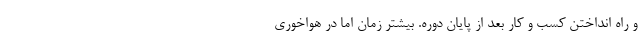
و راه انداختن کسب و کار بعد از پایان دوره. بیشتر زمان اما در هواخوری